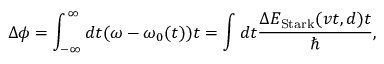
\Delta \phi = \int _ { - \infty } ^ { \infty } d t ( \omega - \omega _ { 0 } ( t ) ) t = \int d t \frac { \Delta E _ { \mathrm { S t a r k } } ( v t , d ) t } { \hbar } ,